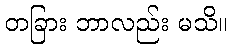
တခြား ဘာလည်း မသိ။